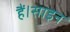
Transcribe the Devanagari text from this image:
हैं।साइन